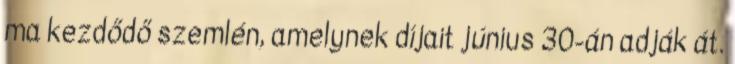
ma kezdődő szemlén, amelynek díjait június 30-án adják át.